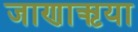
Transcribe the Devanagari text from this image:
जाणाऋया